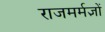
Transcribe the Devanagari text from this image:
राजमर्मज्ञों